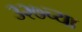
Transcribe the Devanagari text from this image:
३२७च्या